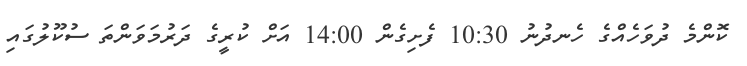
ކޮންމެ ދުވަހެއްގެ ހެނދުނު 10:30 ފެށިގެން 14:00 އަށް ކުރީގެ ދަރުމަވަންތަ ސުކޫލުގައި